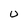
Character: U